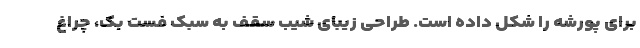
برای پورشه را شکل داده است. طراحی زیبای شیب سقف به سبک فست بک، چراغ